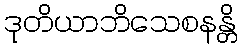
ဒုတိယာဘိသေစနန္တိ